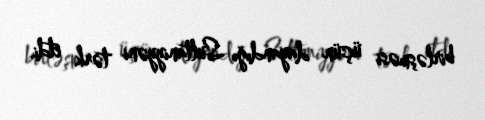
birləşməsi üçün dayandığı Sultaniyyəni tərk etdi.